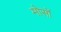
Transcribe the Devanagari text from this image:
मोसों